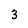
Character: 3